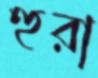
হুরা